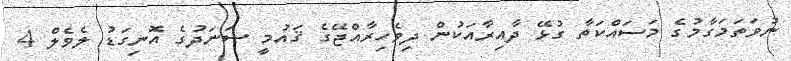
ނުވަތަމަގާމުގެ މަސައްކަތާ ގުޅޭ ދާއިރާއަކުން ދިވެހިރާއްޖޭގެ ޤައުމީ ސަނަދުގެ އޮނިގަޑު ލެވެލް 4